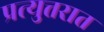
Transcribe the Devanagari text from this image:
प्रत्युत्तरात